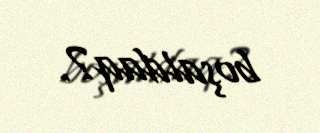
boşaldaq?.